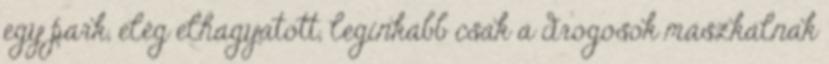
egy park, elég elhagyatott, leginkább csak a drogosok mászkálnak